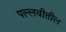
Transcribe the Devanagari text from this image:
पल्लवीतील